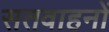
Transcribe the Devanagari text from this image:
सतवाहनों